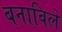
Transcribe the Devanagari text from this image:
बनाविले